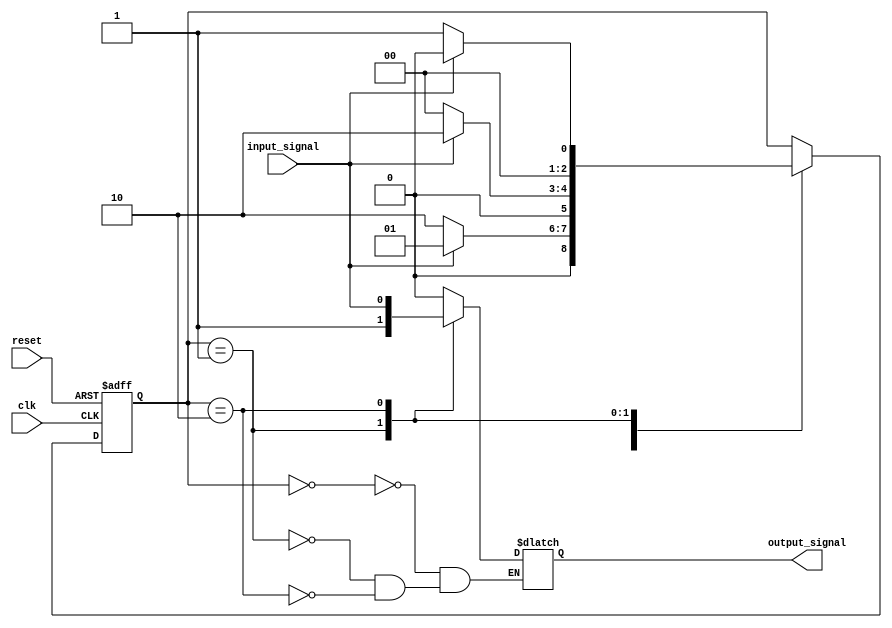
module StateMachine (
    input wire clk,
    input wire reset,
    input wire input_signal,
    output reg output_signal
);

// State encoding
parameter STATE_A = 3'b000;
parameter STATE_B = 3'b001;
parameter STATE_C = 3'b010;

// State register
reg [2:0] state;

always @(posedge clk or posedge reset) begin
    if (reset) begin
        state <= STATE_A;
    end else begin
        case(state)
            STATE_A: begin
                if (input_signal) begin
                    state <= STATE_B;
                end else begin
                    state <= STATE_C;
                end
            end
            STATE_B: begin
                if (!input_signal) begin
                    state <= STATE_A;
                end else begin
                    state <= STATE_C;
                end
            end
            STATE_C: begin
                if (input_signal) begin
                    state <= STATE_A;
                end else begin
                    state <= STATE_B;
                end
            end
        endcase
    end
end

// Output logic based on current state
always @(*) begin
    case(state)
        STATE_A: output_signal = 1'b0;
        STATE_B: output_signal = 1'b1;
        STATE_C: output_signal = input_signal;
    endcase
end

endmodule